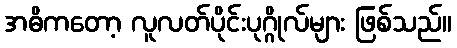
အဓိကတော့ လူလတ်ပိုင်းပုဂ္ဂိုလ်များ ဖြစ်သည်။